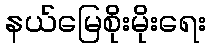
နယ်မြေစိုးမိုးရေး